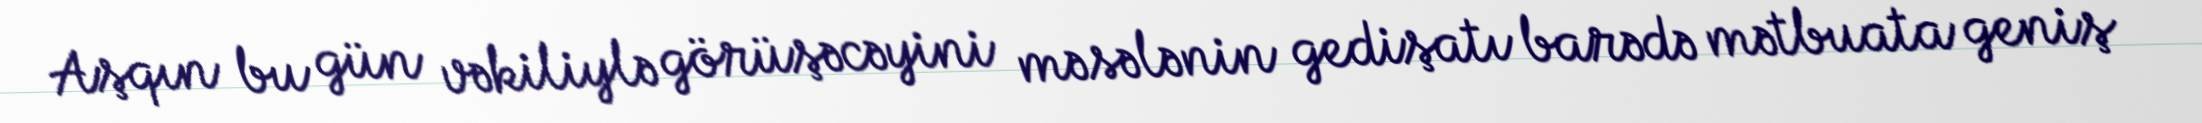
Aşqın bu gün vəkiliylə görüşəcəyini məsələnin gedişatı barədə mətbuata geniş